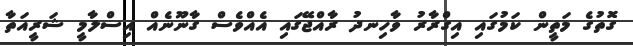
ގޮތުގެ މަތީން ކަމުގައި އިގްރާރު ވާހިނދު ރާއްޖޭގައި އެއްވެސް ގާނޫނެއް އިސްލާމީ ޝަރީއަތާ